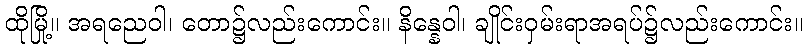
ထိုမြို့။ အရညေဝါ၊ တော၌လည်းကောင်း။ နိန္နေဝါ၊ ချိုင်းဝှမ်းရာအရပ်၌လည်းကောင်း။